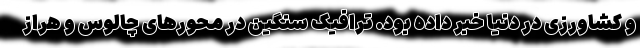
و کشاورزی در دنیا خبر داده بود. ترافیک سنگین در محور‌های چالوس و هراز